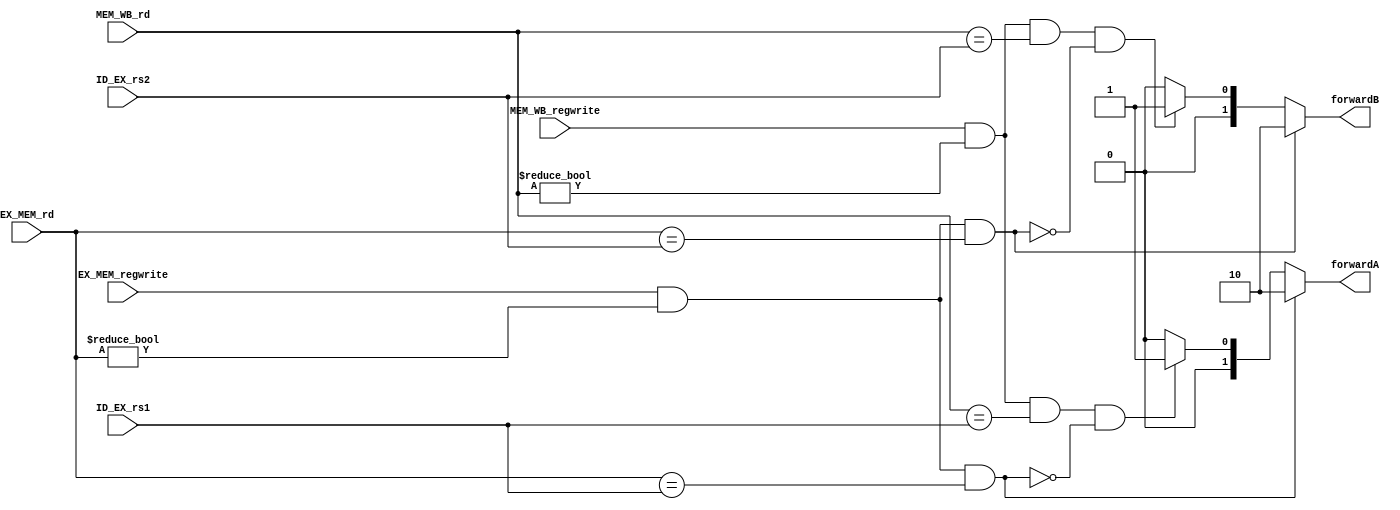
`timescale 1ns / 1ps

/*******************************************************************
*
* Module: Datapath.v
* Project: Pipelined-RISCV
* Author1: Yahya Abbas.
* Author2: Ali Ghazal.
* Author3: Omer Hassan.
* Description: Pipelined RISCV processor with support for RV32IC instructions that map to true 32I instructions
*              and support for the full RV32IM instruction set.
* Change history:
**********************************************************************/

module Forwarding_Unit(
    input EX_MEM_regwrite, 
    input MEM_WB_regwrite, 
    input [4:0] EX_MEM_rd, 
    input [4:0] MEM_WB_rd, 
    input [4:0] ID_EX_rs1, 
    input [4:0] ID_EX_rs2,
    output reg [1:0] forwardA, 
    output reg [1:0] forwardB );

/*if ( EX/MEM.RegWrite and (EX/MEM.RegisterRd ? 0)  and (EX/MEM.RegisterRd == ID/EX.RegisterRs1) )
    forwardA = 10
  if ( EX/MEM.RegWrite and (EX/MEM.RegisterRd ? 0) and (EX/MEM.RegisterRd == ID/EX.RegisterRs2) )
    forwardB = 10
if ( MEM/WB.RegWrite and (MEM/WB.RegisterRd ? 0) and (MEM/WB.RegisterRd == ID/EX.RegisterRs1) )
    and not ( EX/MEM.RegWrite and (EX/MEM.RegisterRd ? 0) and (EX/MEM.RegisterRd == ID/EX.RegisterRs1) )
        forwardA = 01
if ( MEM/WB.RegWrite and (MEM/WB.RegisterRd ? 0) and (MEM/WB.RegisterRd == ID/EX.RegisterRs2) )
    and not ( EX/MEM.RegWrite and (EX/MEM.RegisterRd ? 0) and (EX/MEM.RegisterRd == ID/EX.RegisterRs2) )
        forwardB = 01*/
        
always @(*)begin
    if (EX_MEM_regwrite && (EX_MEM_rd != 0) && (EX_MEM_rd == ID_EX_rs1))
        forwardA=2'b10;
    else if ((MEM_WB_regwrite && (MEM_WB_rd != 0) && (MEM_WB_rd == ID_EX_rs1)) && !(EX_MEM_regwrite && (EX_MEM_rd != 0) && (EX_MEM_rd == ID_EX_rs1)))
        forwardA=2'b01;
    else
        forwardA=2'b00;
    
    if(EX_MEM_regwrite && (EX_MEM_rd != 0) && (EX_MEM_rd == ID_EX_rs2))
        forwardB=2'b10; 
    else if ((MEM_WB_regwrite && (MEM_WB_rd != 0) && (MEM_WB_rd == ID_EX_rs2)) && !(EX_MEM_regwrite && (EX_MEM_rd != 0) && (EX_MEM_rd == ID_EX_rs2)))
        forwardB=2'b01;
    else
        forwardB=2'b00; 
end

endmodule